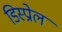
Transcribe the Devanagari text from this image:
डिस्प्रोल